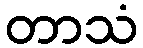
တာသံ